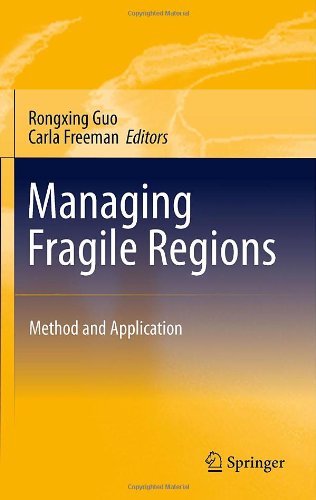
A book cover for Managing Fragile Regions: Method and Application; Business & Money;